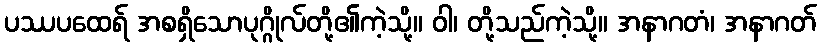
ပဿပထေရ် အစရှိသောပုဂ္ဂိုလ်တို့၏ကဲ့သို့။ ဝါ၊ တို့သည်ကဲ့သို့။ အနာဂတံ၊ အနာဂတ်